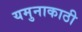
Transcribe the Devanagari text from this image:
यमुनाकाठी